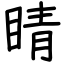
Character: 睛